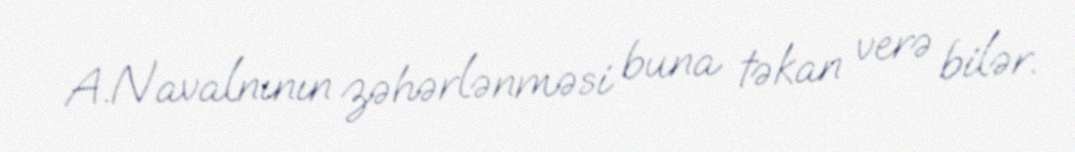
A.Navalnının zəhərlənməsi buna təkan verə bilər.